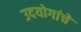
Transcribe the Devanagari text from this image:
उदयोगांचे